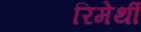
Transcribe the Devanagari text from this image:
रिमेर्थी